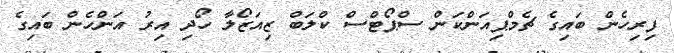
ފިރިހެން ބައިގެ ޗެމްޕިއަންކަން ސްޕޯޓްސް ކްލަބް ޒިއަޒޯލާ ހޯދި އިރު އަންހެން ބައިގެ